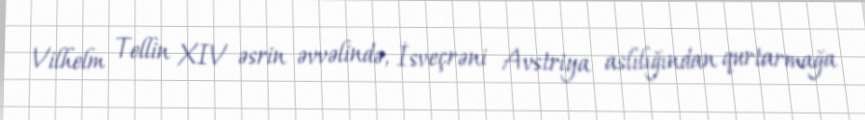
Vilhelm Tellin XIV əsrin əvvəlində, İsveçrəni Avstriya aslılığından qurtarmağa